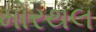
મોરથલ